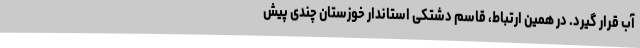
آب قرار گیرد. در همین ارتباط، قاسم دشتکی استاندار خوزستان چندی پیش